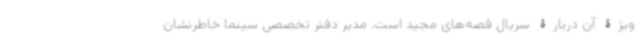
ویژۀ آن دربارۀ سریال قصه‌های مجید است. مدیر دفتر تخصصی سینما خاطرنشان